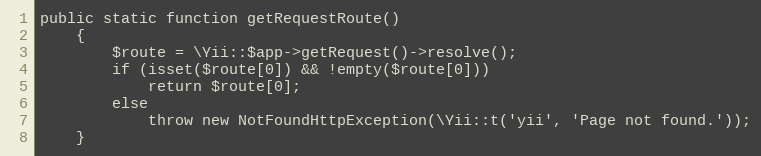
Language: PHP
public static function getRequestRoute()
    {
        $route = \Yii::$app->getRequest()->resolve();
        if (isset($route[0]) && !empty($route[0]))
            return $route[0];
        else
            throw new NotFoundHttpException(\Yii::t('yii', 'Page not found.'));
    }